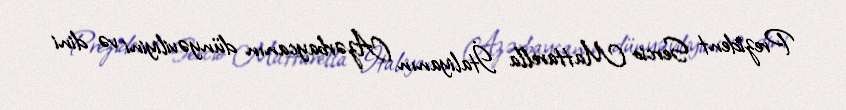
Prezident Sercio Mattarella İtaliyanın Azərbaycanın dünyəviliyini və dini